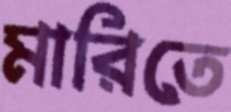
মারিতে